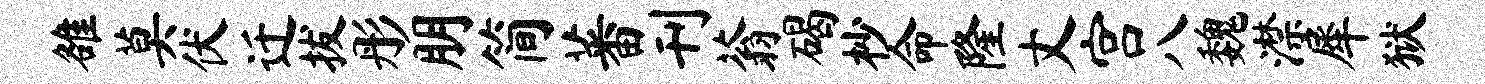
雒莫伏迁拔彤朋简蕃刊蓊碣杪命隆丈宫八魏潸犀狱